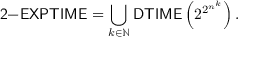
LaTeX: { \mathsf { 2 { \mathrm { - } } E X P T I M E } } = \bigcup _ { k \in \mathbb { N } } { \mathsf { D T I M E } } \left( 2 ^ { 2 ^ { n ^ { k } } } \right) .